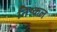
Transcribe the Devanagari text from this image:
निष्कल